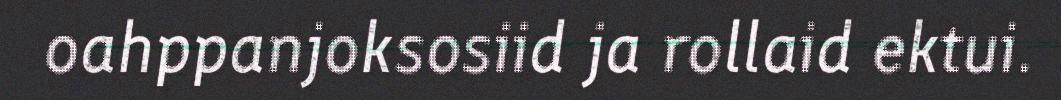
oahppanjoksosiid ja rollaid ektui.